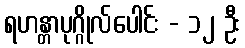
ရဟန္တာပုဂ္ဂိုလ်ပေါင်း - ၁၂ ဦး